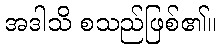
အဒါသိ စသည်ဖြစ်၏။